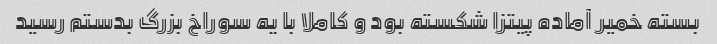
بسته خمیر آماده پیتزا شکسته بود و کاملا با یه سوراخ بزرگ بدستم رسید